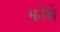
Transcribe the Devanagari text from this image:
झाँसे